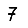
Digit: 7